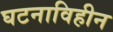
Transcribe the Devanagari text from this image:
घटनाविहीन